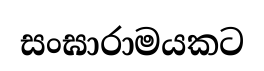
සංඝාරාමයකට